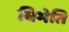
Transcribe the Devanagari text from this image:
बिभेति